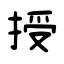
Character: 授